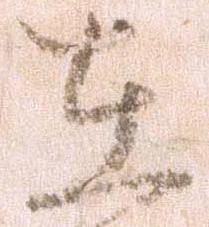
在